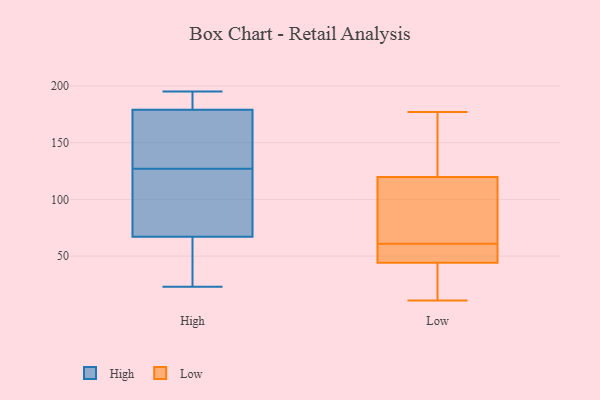
{"axis": {"x": "LTV (USD)", "y": "Value"}, "legend": ["High", "Low"], "data": [{"x": "", "y": 191, "type": "High"}, {"x": "", "y": 195, "type": "High"}, {"x": "", "y": 145, "type": "High"}, {"x": "", "y": 185, "type": "High"}, {"x": "", "y": 23, "type": "High"}, {"x": "", "y": 116, "type": "High"}, {"x": "", "y": 128, "type": "High"}, {"x": "", "y": 77, "type": "High"}, {"x": "", "y": 126, "type": "High"}, {"x": "", "y": 178, "type": "High"}, {"x": "", "y": 180, "type": "High"}, {"x": "", "y": 57, "type": "High"}, {"x": "", "y": 55, "type": "High"}, {"x": "", "y": 111, "type": "High"}, {"x": "", "y": 48, "type": "High"}, {"x": "", "y": 155, "type": "High"}, {"x": "", "y": 118, "type": "Low"}, {"x": "", "y": 160, "type": "Low"}, {"x": "", "y": 45, "type": "Low"}, {"x": "", "y": 42, "type": "Low"}, {"x": "", "y": 39, "type": "Low"}, {"x": "", "y": 177, "type": "Low"}, {"x": "", "y": 125, "type": "Low"}, {"x": "", "y": 93, "type": "Low"}, {"x": "", "y": 11, "type": "Low"}, {"x": "", "y": 47, "type": "Low"}, {"x": "", "y": 56, "type": "Low"}, {"x": "", "y": 89, "type": "Low"}, {"x": "", "y": 61, "type": "Low"}]}